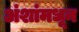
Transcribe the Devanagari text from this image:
अंशांमधून